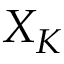
X _ { K }